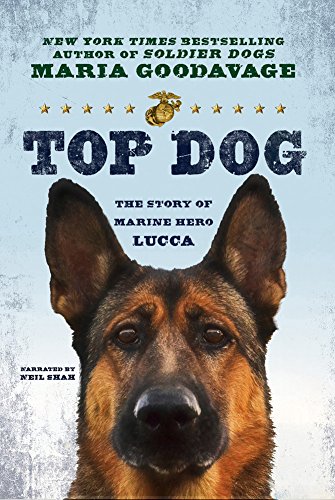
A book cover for Top Dog: The Story of Marine Hero Lucca; Maria Goodavage; Crafts, Hobbies & Home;